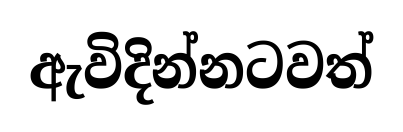
ඇවිදින්නටවත්